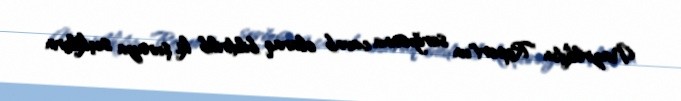
Nazirlikdən "Report"un sorğusuna cavab olaraq bildirilib ki, şuraya seçkilərin